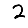
Digit: 2